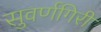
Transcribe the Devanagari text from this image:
सुवर्णगिरी